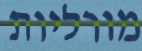
מורליות